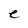
Character: e